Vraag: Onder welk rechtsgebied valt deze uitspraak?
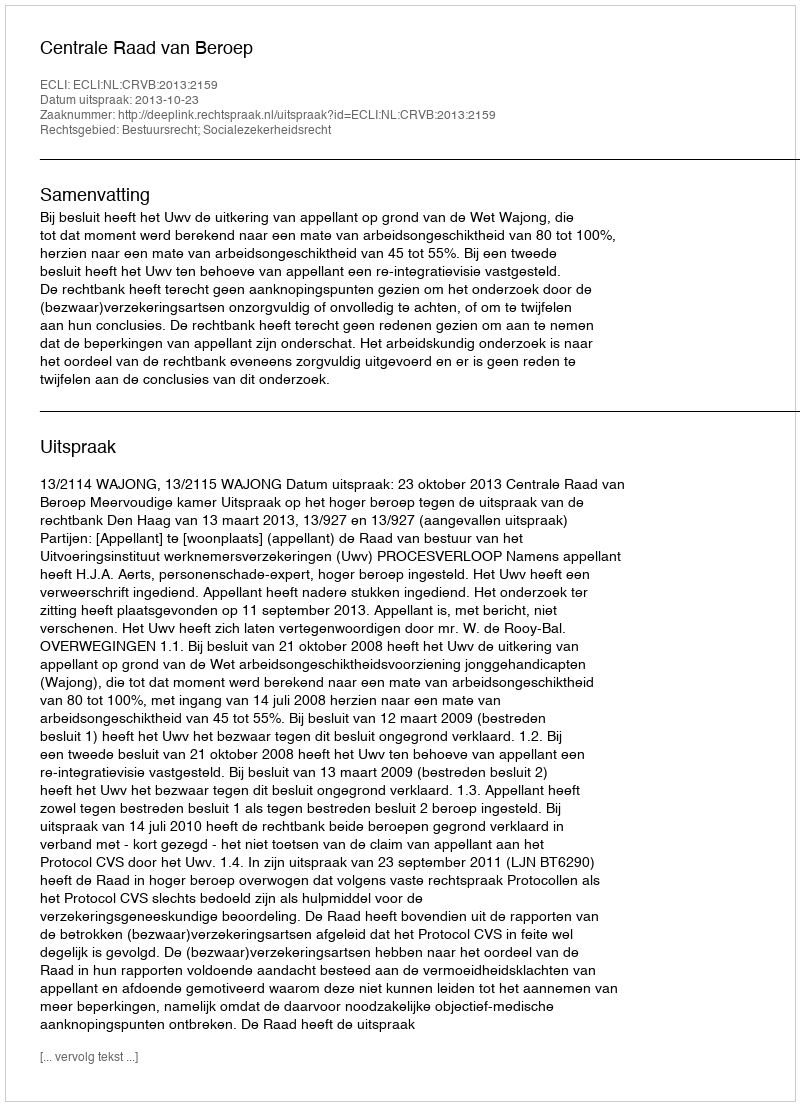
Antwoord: Bestuursrecht; Socialezekerheidsrecht